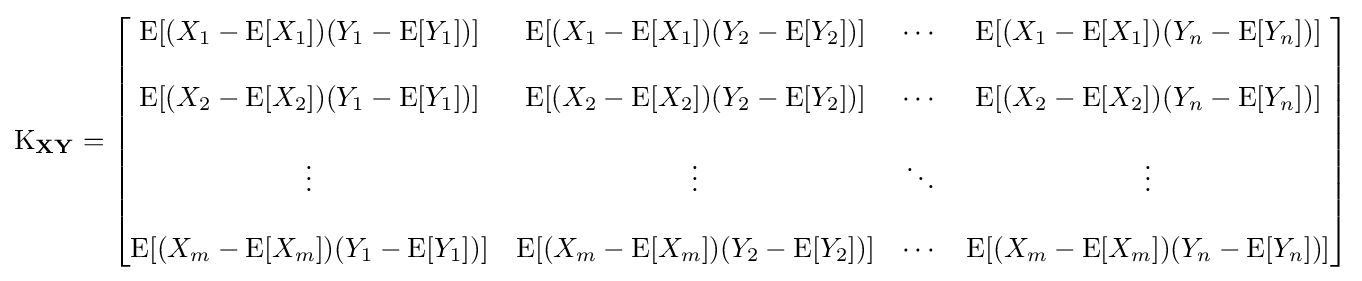
\operatorname {K} _{\mathbf {X} \mathbf {Y} }={\begin{bmatrix}\mathrm {E} [(X_{1}-\operatorname {E} [X_{1}])(Y_{1}-\operatorname {E} [Y_{1}])]&\mathrm {E} [(X_{1}-\operatorname {E} [X_{1}])(Y_{2}-\operatorname {E} [Y_{2}])]&\cdots &\mathrm {E} [(X_{1}-\operatorname {E} [X_{1}])(Y_{n}-\operatorname {E} [Y_{n}])]\\\\\mathrm {E} [(X_{2}-\operatorname {E} [X_{2}])(Y_{1}-\operatorname {E} [Y_{1}])]&\mathrm {E} [(X_{2}-\operatorname {E} [X_{2}])(Y_{2}-\operatorname {E} [Y_{2}])]&\cdots &\mathrm {E} [(X_{2}-\operatorname {E} [X_{2}])(Y_{n}-\operatorname {E} [Y_{n}])]\\\\\vdots &\vdots &\ddots &\vdots \\\\\mathrm {E} [(X_{m}-\operatorname {E} [X_{m}])(Y_{1}-\operatorname {E} [Y_{1}])]&\mathrm {E} [(X_{m}-\operatorname {E} [X_{m}])(Y_{2}-\operatorname {E} [Y_{2}])]&\cdots &\mathrm {E} [(X_{m}-\operatorname {E} [X_{m}])(Y_{n}-\operatorname {E} [Y_{n}])]\end{bmatrix}}